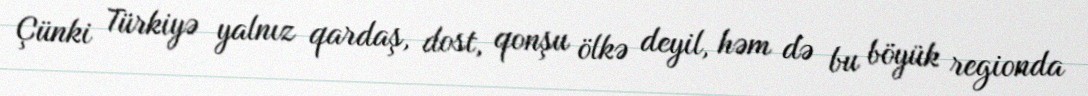
Çünki Türkiyə yalnız qardaş, dost, qonşu ölkə deyil, həm də bu böyük regionda